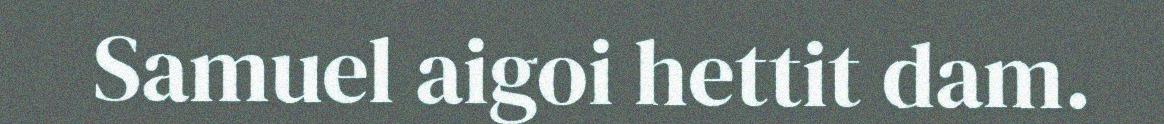
Samuel aigoi hettit dam.